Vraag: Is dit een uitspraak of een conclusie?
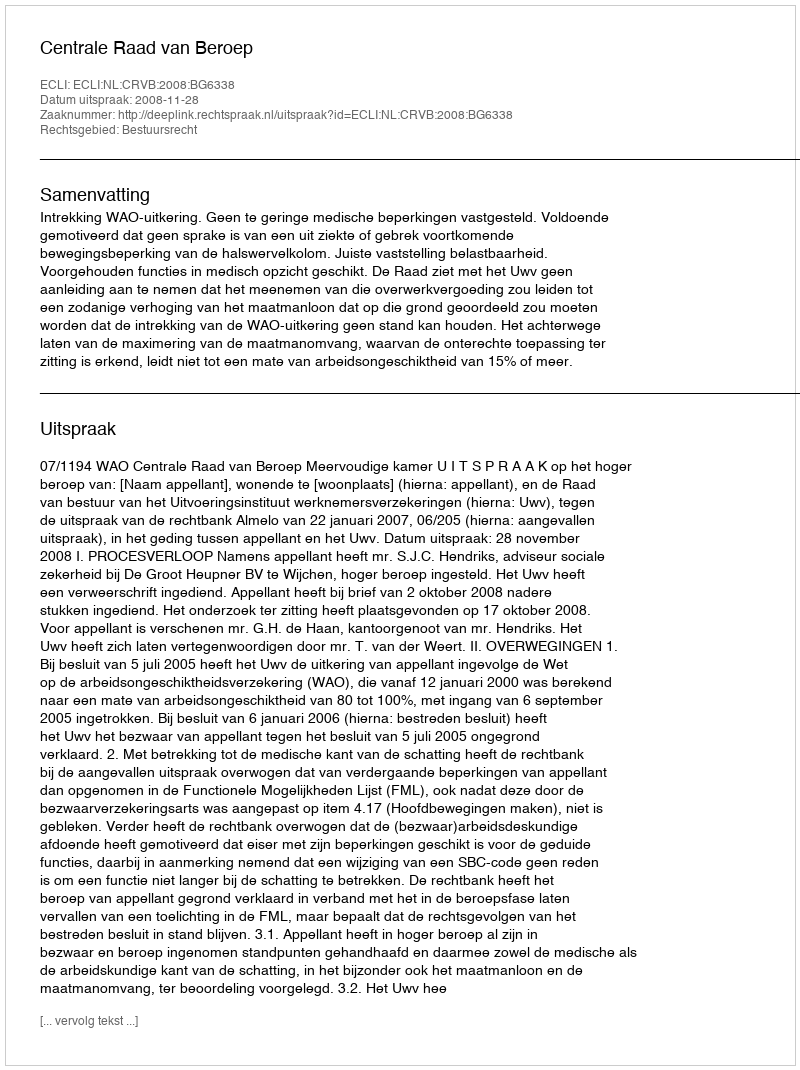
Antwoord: Uitspraak